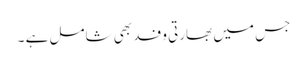
جس میں بھارتی وفد بھی شامل ہے ۔